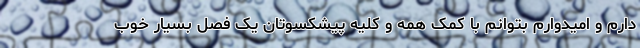
دارم و امیدوارم بتوانم با کمک همه و کلیه پیشکسوتان یک فصل بسیار خوب